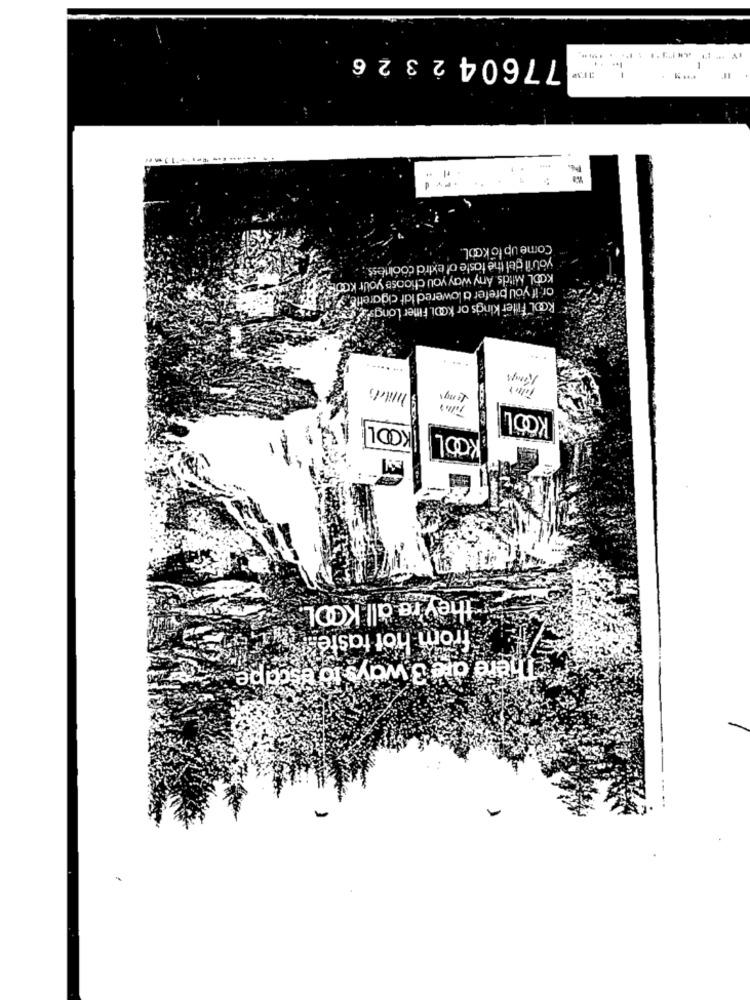
776042326
....
=
-
P.
.PY
.
Come up lo kool.
you'll del the taste of extra coolness .;
KODL Mitds. Any way you choose your koog
or, if you prefer a lowered Idt cigarette, ya
RODL Filter kings or koDi. Finter Longs'? Jeg
.... .....
Komy's
Mil;
KOOL
KODLI
KOOL
they're all KODI
from hot taste?
There are 3 ways to escape.